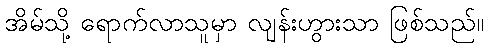
အိမ်သို့ ရောက်လာသူမှာ လျန်းဟွားသာ ဖြစ်သည်။